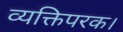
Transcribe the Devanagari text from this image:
व्यक्तिपरक।